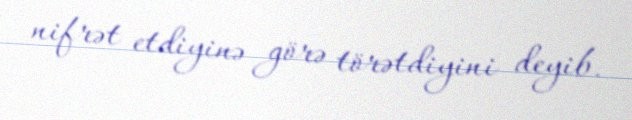
nifrət etdiyinə görə törətdiyini deyib.